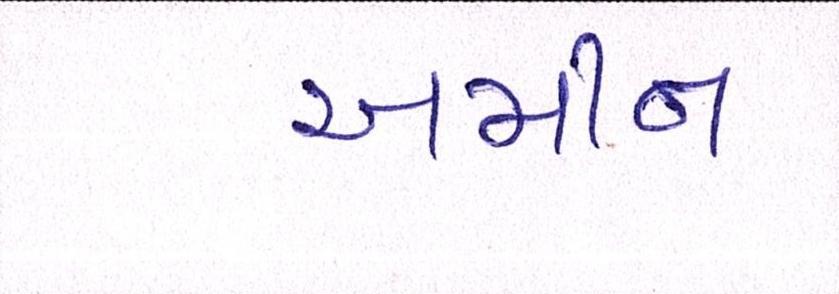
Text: અમીન